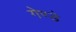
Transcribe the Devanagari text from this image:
गेण्डे